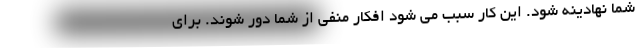
شما نهادینه شود. این کار سبب می شود افکار منفی از شما دور شوند. برای